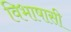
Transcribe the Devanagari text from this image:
विभाषासी